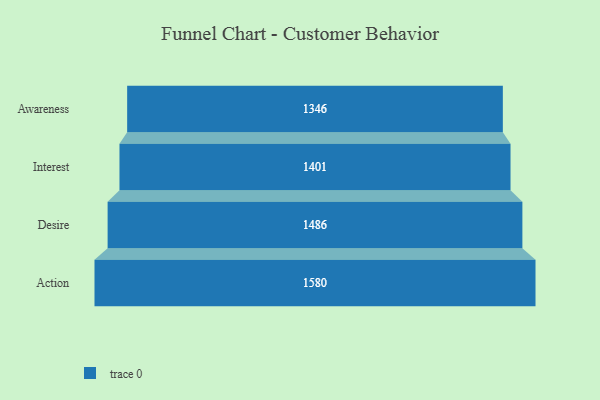
{"axis": {"x": "Stage", "y": "Value"}, "legend": [""], "data": [{"x": "Awareness", "y": 1346.0, "type": ""}, {"x": "Interest", "y": 1401.0, "type": ""}, {"x": "Desire", "y": 1486.0, "type": ""}, {"x": "Action", "y": 1580.0, "type": ""}]}